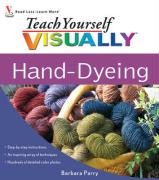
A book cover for Teach Yourself VISUALLY Hand-Dyeing; Barbara Parry; Crafts, Hobbies & Home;